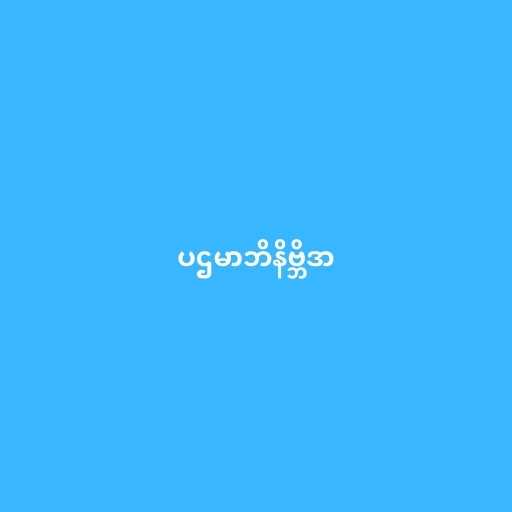
ပဌမာဘိနိဗ္ဘိဒာ